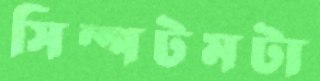
সিম্পটমটা